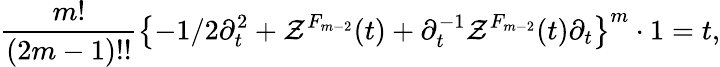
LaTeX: {\frac{m!}{(2m-1)!!}}\left\{ -1/2\partial_{t}^{2}+{\cal Z}^{F_{m-2}}(t)+\partial_{t}^{-1}{\cal Z}^{F_{m-2}}(t)\partial_{t}\right\} ^{m}\cdot 1=t,